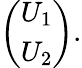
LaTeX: \begin{array}{r}{\left(\begin{array}{c}{U_{1}}\\ {U_{2}}\end{array}\right).}\end{array}